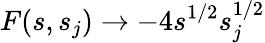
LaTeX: F(s,s_{j})\rightarrow-4s^{1/2}s_{j}^{1/2}